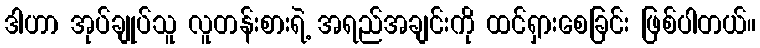
ဒါဟာ အုပ်ချုပ်သူ လူတန်းစားရဲ့ အရည်အချင်းကို ထင်ရှားစေခြင်း ဖြစ်ပါတယ်။